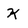
Character: K